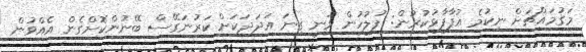
މަގުމައްޗަށް ނިކުމެ އުފާފާޅުކުރުން: ފުލުހުން ވަނީ ގިނަ އަދަދަކަށް ކަރުނަގޭސް ބޭނުންކޮށްގެން އެއްވުން